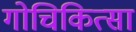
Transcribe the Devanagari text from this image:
गोचिकित्सा